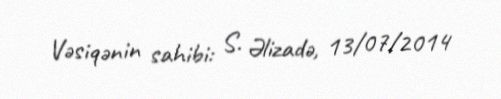
Vəsiqənin sahibi: S. Əlizadə, 13/07/2014